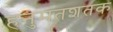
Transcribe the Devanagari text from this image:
हनुमंतशतक